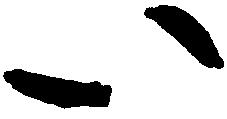
い